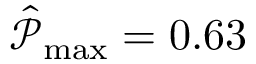
\hat { \mathcal { P } } _ { \operatorname* { m a x } } = 0 . 6 3